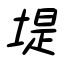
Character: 堤